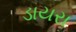
ડાયરા